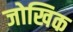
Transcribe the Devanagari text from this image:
जोखिक